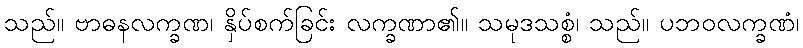
သည်။ ဗာဓနလက္ခဏ၊ နှိပ်စက်ခြင်း လက္ခဏာ၏။ သမုဒသစ္စံ၊ သည်။ ပဘဝလက္ခဏံ၊